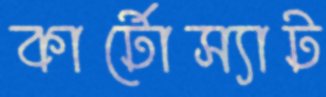
কার্টোস্যাট